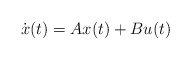
\begin{align*} \dot x(t) = Ax(t) + Bu(t)\end{align*}